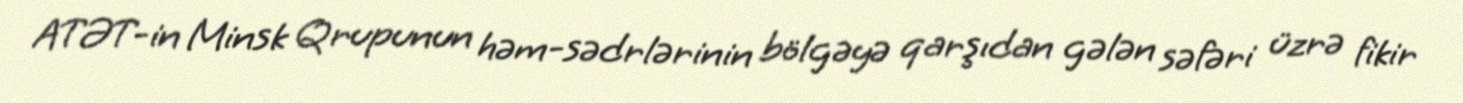
ATƏT-in Minsk Qrupunun həm-sədrlərinin bölgəyə qarşıdan gələn səfəri üzrə fikir